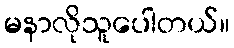
မနာလိုသူပေါတယ်။